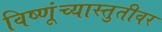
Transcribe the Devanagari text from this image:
विष्णूंच्यास्तुतीवर